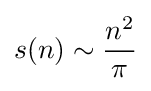
s(n)\sim {\frac {n^{2}}{\pi }}